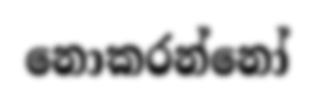
නොකරන්නෝ